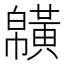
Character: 𪏑